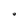
Character: U